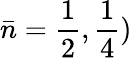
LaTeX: \bar{n}=\frac 12,\frac 14)